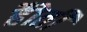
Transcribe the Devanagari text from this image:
हैोती